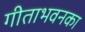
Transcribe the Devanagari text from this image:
गीताभवनका